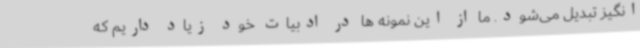
انگیز تبدیل می‌شود. ما از این نمونه ها در ادبیات خود زیاد داریم که